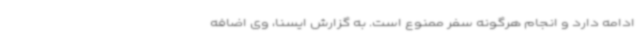
ادامه دارد و انجام هرگونه سفر ممنوع است. به گزارش ایسنا، وی اضافه